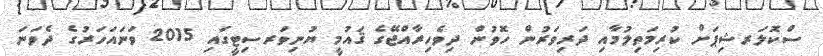
ސްކޮލަރޝިޕަށް ކުރިމަތިލުމާއި ދަރިވަރުން ހޮވުން ދިވެހިރާއްޖޭގެ ޤައުމީ ޔުނިވަރސިޓީގައި 2015 ވަނައަހަރުގެ ދެވަނަ